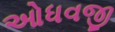
ઓધવજી